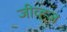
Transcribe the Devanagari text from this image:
जीव्ह्ज